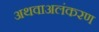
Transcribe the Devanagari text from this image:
अथवाअलंकरण